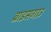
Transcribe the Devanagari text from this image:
ब्राइसगाउ